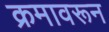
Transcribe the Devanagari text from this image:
क्रमावरून